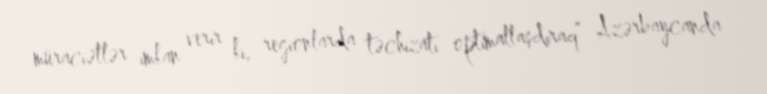
müraciətlər imkan verir ki, regionlarda təchizatı optimallaşdıraq” Azərbaycanda